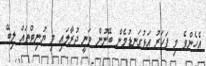
އެހެންވެ މި ފަހަރު އަޅުގަނޑުމެން ބޭނުން ވަނީ ދުރާލައި މި ޔުނިޓްތައް ލިބޭ